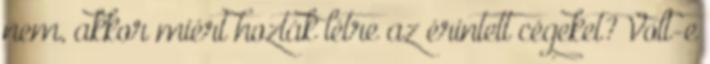
nem, akkor miért hozták létre az érintett cégeket? Volt-e